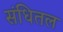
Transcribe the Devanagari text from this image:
संधितल